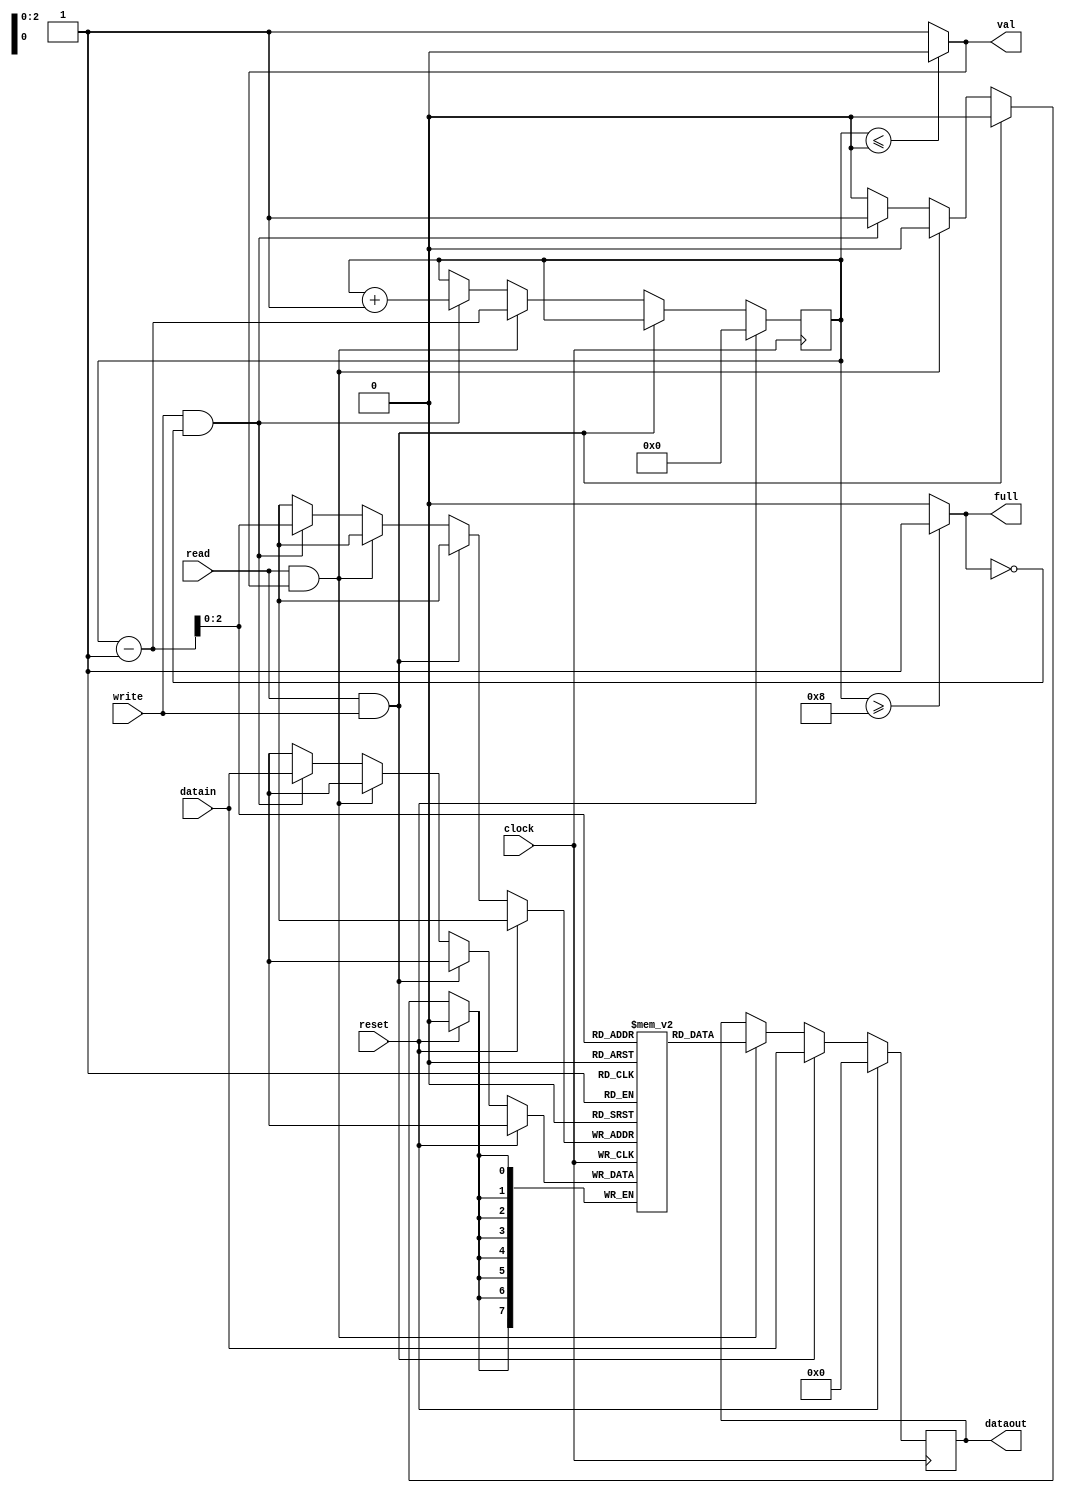
module LIFO 
#(
	parameter DATA_W             = 8,
	parameter LIFO_SIZE          = 8,
	parameter STACK_POINTER_SIZE = $clog2(LIFO_SIZE) + 1 )
(
	output reg [DATA_W - 1:0] dataout,
	output                    full,
	output                    val,
	input      [DATA_W - 1:0] datain,
	input                     clock,
	input                     reset,
	input                     write,
	input                     read	
);
  
  reg [STACK_POINTER_SIZE - 1:0] stack_pointer;
  reg [LIFO_SIZE - 1:0] stack [DATA_W - 1:0];
  

  assign full = (stack_pointer >= LIFO_SIZE) ? 1 : 0;
  assign val  = (stack_pointer <=     0    ) ? 0 : 1;
  
  always @(posedge clock)
  begin
    if (reset) begin
        dataout       <= 0; 
	stack_pointer <= 0; // buffer reset
    end

    else if (read & write) begin
	    dataout <= datain; // in case of simultaneous reading and writing
    end

    else if (read & val) begin
	    dataout       <= stack[stack_pointer - 1];
	    stack_pointer <= stack_pointer - 1; // only reading from buffer with some data
    end

    else if (write & !full) begin
	    stack_pointer            <= stack_pointer + 1;
	    stack[stack_pointer - 1] <= datain; // only writing in buffer with some free place
    end
  end
endmodule